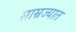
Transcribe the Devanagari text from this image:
साम्रज्यात